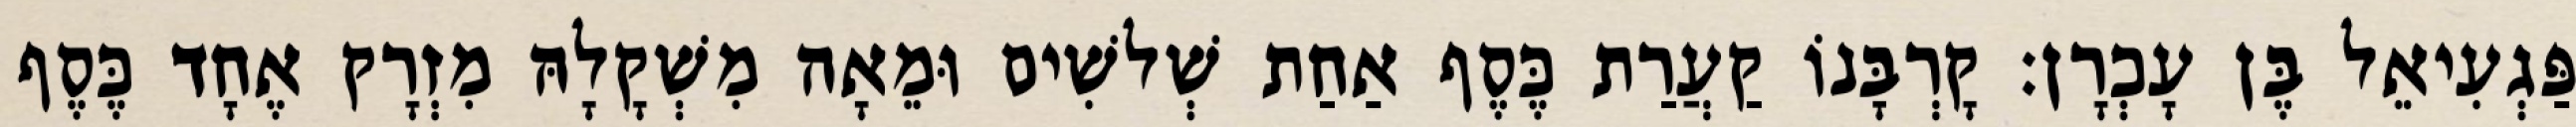
פַּגְעִיאֵל בֶּן עָכְרָן׃ קָרְבָּנוֹ קַעֲרַת כֶּסֶף אַחַת שְׁלשִׁים וּמֵאָה מִשְׁקָלָהּ מִזְרָק אֶחָד כֶּסֶף